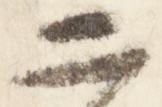
二